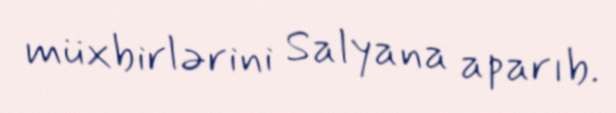
müxbirlərini Salyana aparıb.